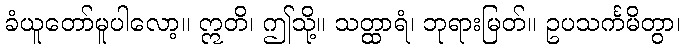
ခံယူတော်မူပါလော့။ ဣတိ၊ ဤသို့။ သတ္ထာရံ၊ ဘုရားမြတ်။ ဥပသင်္ကမိတွာ၊